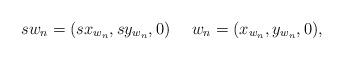
LaTeX: \begin{align*}s w_n=(s x_{w_n}, s y_{w_n}, 0)\quad\ w_n=(x_{w_n}, y_{w_n}, 0),\end{align*}